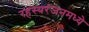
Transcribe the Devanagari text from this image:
रहस्यरंजनमध्ये